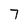
Character: 7